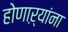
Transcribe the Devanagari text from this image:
होणाऱ्यांना